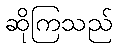
ဆိုကြသည်